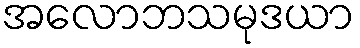
အလောဘသမုဒယာ